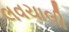
લવચાલી